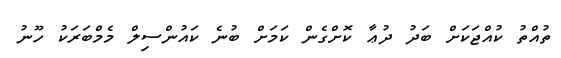
ތުއްތު ކުއްޖަކަށް ބަދު ދުޢާ ކޮށްގެން ކަމަށް ބުނެ ކައުންސިލް މެމްބަރަކު ހޫނު